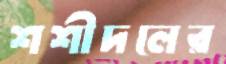
শশীদলের